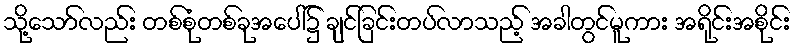
သို့သော်လည်း တစ်စုံတစ်ခုအပေါ်၌ ချင်ခြင်းတပ်လာသည့် အခါတွင်မူကား အရိုင်းအစိုင်း